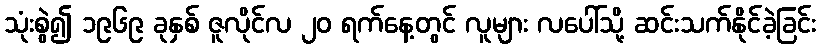
သုံးစွဲ၍ ၁၉၆၉ ခုနှစ် ဇူလိုင်လ ၂၀ ရက်နေ့တွင် လူများ လပေါ်သို့ ဆင်းသက်နိုင်ခဲ့ခြင်း